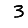
Digit: 3